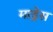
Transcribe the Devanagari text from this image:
माड्रेस